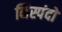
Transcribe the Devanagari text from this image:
निस्पंदों